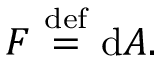
F \ { \stackrel { \mathrm { d e f } } { = } } \ \mathrm { d } A .